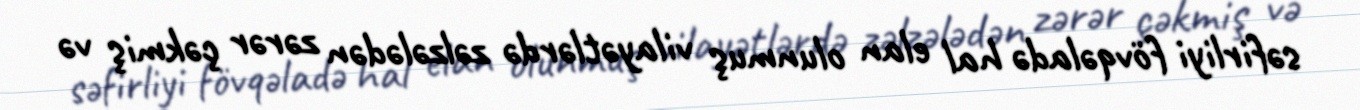
səfirliyi fövqəladə hal elan olunmuş vilayətlərdə zəlzələdən zərər çəkmiş və